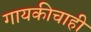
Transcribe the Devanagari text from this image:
गायकीचाही